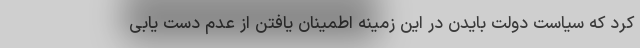
کرد که سیاست دولت بایدن در این زمینه اطمینان یافتن از عدم دست یابی